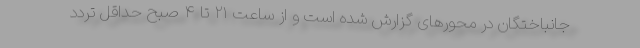
جانباختگان در محور‌های گزارش شده است و از ساعت ۲۱ تا ۴ صبح حداقل تردد